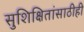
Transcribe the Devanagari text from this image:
सुशिक्षितांसाठीही